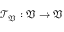
\mathcal { T } _ { \mathfrak { V } } : \mathfrak { V } \to \mathfrak { V }